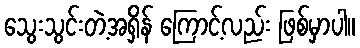
သွေးသွင်းတဲ့အရှိန် ကြောင့်လည်း ဖြစ်မှာပါ။